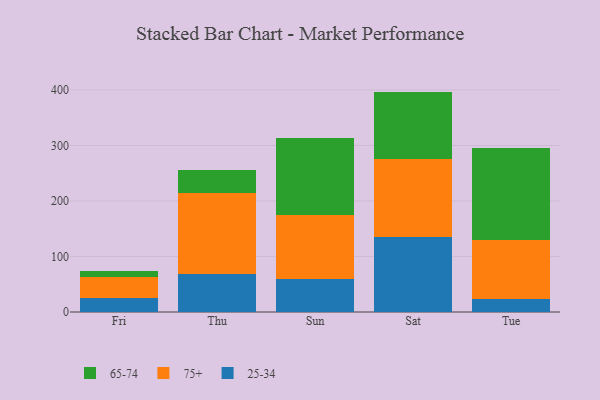
{"axis": {"x": "Day", "y": "Tickets Resolved"}, "legend": ["25-34", "65-74", "75+"], "data": [{"x": "Fri", "y": 24.5, "type": "25-34"}, {"x": "Fri", "y": 39.0, "type": "75+"}, {"x": "Fri", "y": 10.4, "type": "65-74"}, {"x": "Thu", "y": 68.4, "type": "25-34"}, {"x": "Thu", "y": 145.8, "type": "75+"}, {"x": "Thu", "y": 41.9, "type": "65-74"}, {"x": "Sun", "y": 59.9, "type": "25-34"}, {"x": "Sun", "y": 115.6, "type": "75+"}, {"x": "Sun", "y": 138.2, "type": "65-74"}, {"x": "Sat", "y": 134.5, "type": "25-34"}, {"x": "Sat", "y": 141.8, "type": "75+"}, {"x": "Sat", "y": 120.7, "type": "65-74"}, {"x": "Tue", "y": 22.8, "type": "25-34"}, {"x": "Tue", "y": 106.5, "type": "75+"}, {"x": "Tue", "y": 165.6, "type": "65-74"}]}